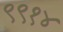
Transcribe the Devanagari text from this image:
९९१४